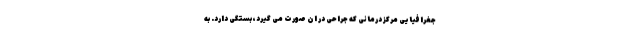
جغرافیایی مرکز درمانی که جراحی در ان صورت می گیرد، بستگی دارد. به